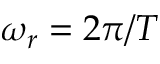
\omega _ { r } = 2 \pi / T